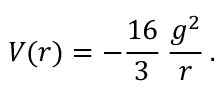
V ( r ) = - \frac { 1 6 } { 3 } \, { \frac { g ^ { 2 } } { r } } \, .